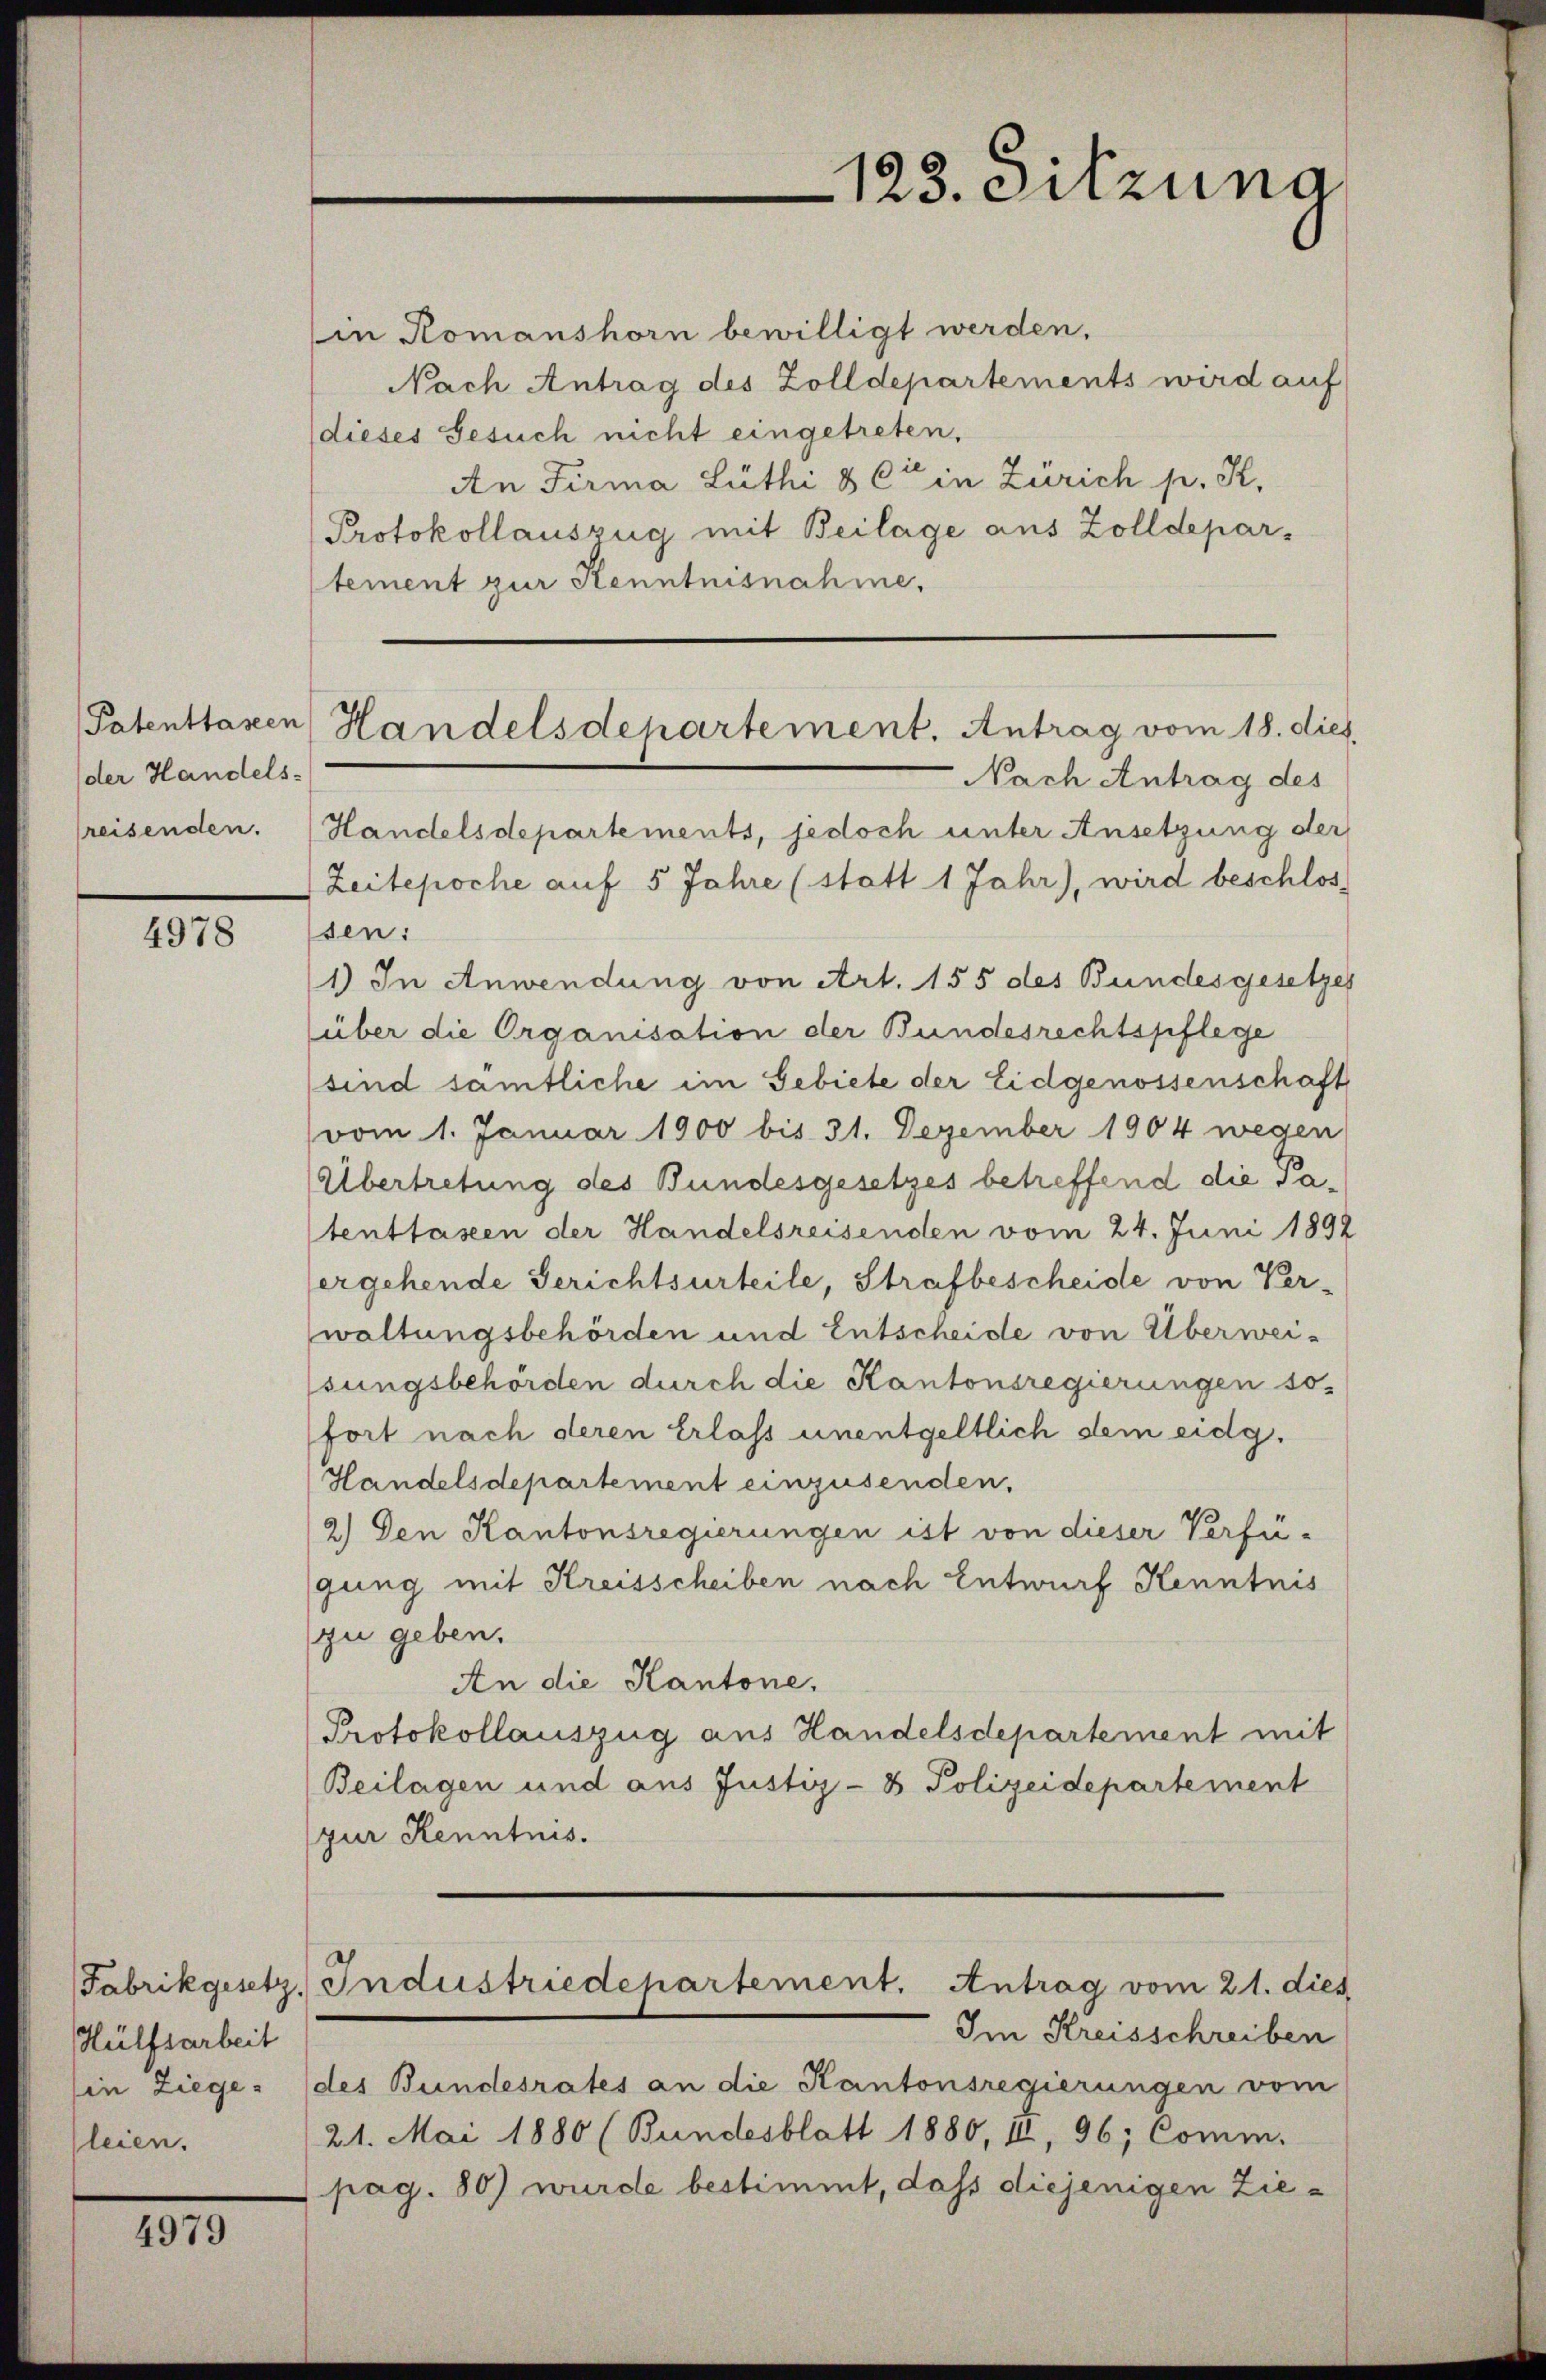
Patenttascen
der Handels:
reisenden.

4978

Fabrikgesetz
Hülfsarbeit
in Ziege
leien.

4979

(in Komanshorn bewilligt werden,
Nach Antrag des Zolldepartements wird auf
(dieses Gesuch nicht eingetreten,
An Firma Lüthi & Cie in Zürich p. K.
Protokollauszug mit Beilage aus Zolldepartement zur Kenntnisnahme,

123. Sitzung

Handelsdepartement. Antrag vom 18. dies

Nach Antrag des
Handelsdepartements, jedoch unter Ansetzung der
Zeitepoche auf 5 Jahre (statt 1 Jahr), wird beschlos
sen:
1) In Anwendung von Art. 155 des Bundesgesetzes
(über die Organisation der Bundesrechtspflege
sind sämtliche im Gebiete der Eidgenossenschaft
vom 1. Januar 1900 bis 31. Dezember 1904 wegen
Übertretung des Bundesgesetzes betreffend die Satentlassen der Handelsreisenden vom 24. Juni 1892
ergehende Gerichtsurteile, Strafbescheide von Ver-
waltungsbehörden und Entscheide von Überweisungsbehörden durch die Kantonsregierungen so
fort nach deren Erlass unentgeltlich dem eidg.
Handelsdepartement einzusenden.
2.) Den Kantonsregierungen ist von dieser Verfügung mit Kreisscheiben nach Entwurf Kenntnis
zu geben.
An die Kantone.
Protokollauszug aus Handelsdepartement mit
Beilagen und aus Justiz- & Polizeidepartement
zur Kenntnis.
Industriedepartement. Antrag vom 21. dies
Im Kreisschreiben
des Bundesrates an die Kantonsregierungen vom
21. Mai 1880 (Bundesblatt 1880, II, 96; Comm.
pag. 80) wurde bestimmt, dass diejenigen Zie¬